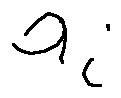
a _ { i }